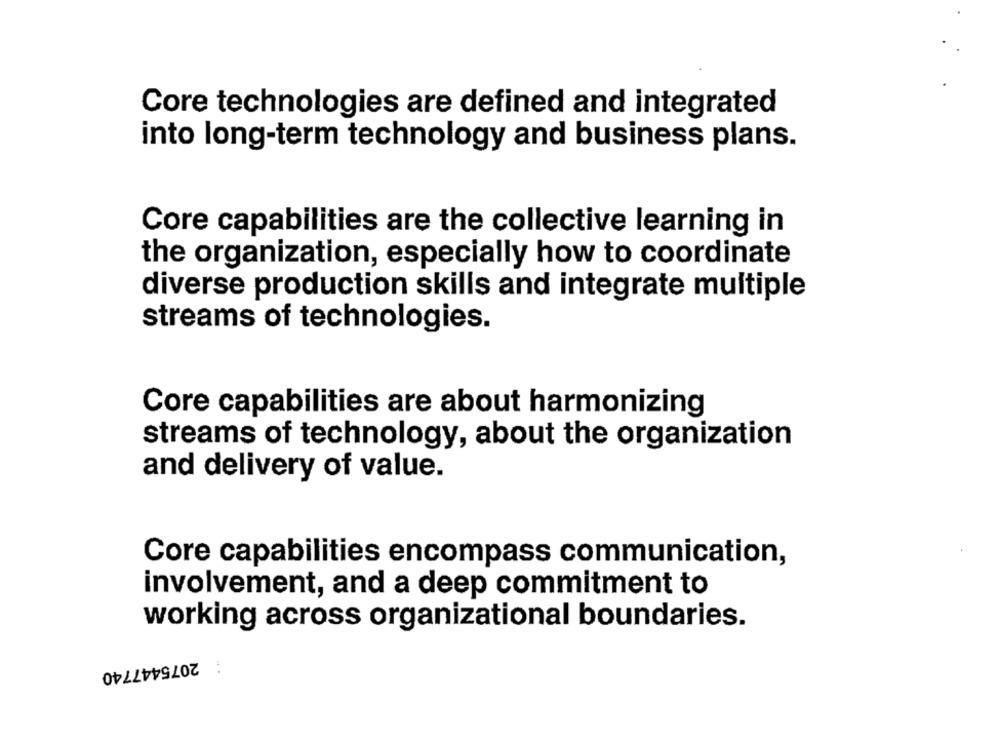
Core technologies are defined and integrated
into long-term technology and business plans.
Core capabilities are the collective learning in
the organization, especially how to coordinate
diverse production skills and integrate multiple
streams of technologies.
Core capabilities are about harmonizing
streams of technology, about the organization
and delivery of value.
Core capabilities encompass communication,
involvement, and a deep commitment to
working across organizational boundaries.
: 2075447740